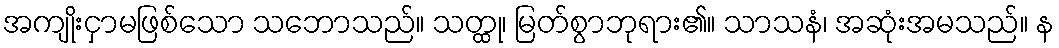
အကျိုးငှာမဖြစ်သော သဘောသည်။ သတ္ထု၊ မြတ်စွာဘုရား၏။ သာသနံ၊ အဆုံးအမသည်။ န